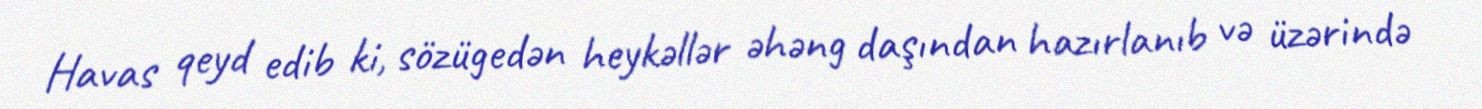
Havas qeyd edib ki, sözügedən heykəllər əhəng daşından hazırlanıb və üzərində